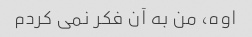
اوه، من به آن فکر نمی کردم